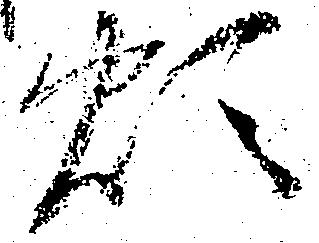
煩